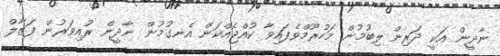
ނާދީން އަކީ ދަރިން ލިބުމުން މަހުރޫމްވެފައިވާ ކުއްޖެއްކަން އެނގުމުން ނާދީން ރުއިވަރުން ފަޒާލް